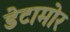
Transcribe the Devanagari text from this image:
डेटामोर